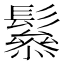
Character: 𩯑